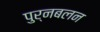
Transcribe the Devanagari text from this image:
पुर्नबलन